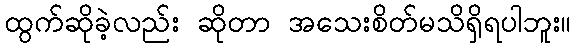
ထွက်ဆိုခဲ့လည်း ဆိုတာ အသေးစိတ်မသိရှိရပါဘူး။